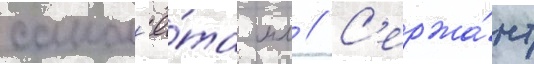
самол'ё́та мл // С'ержа́нт